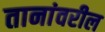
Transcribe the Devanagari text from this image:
तानांवरील